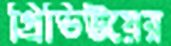
প্রিভিউয়ের